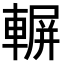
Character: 𨍍